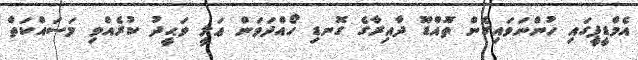
އެމްޑީޕީގައި ހުންނަވައިގެން ތޮއްޑޫ ދާއިރާގެ ގޮނޑި ހޯއްދަވަން ޢަލީ ވަޙީދު ކުރެއްވި މަސައްކަތް